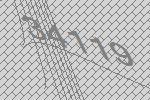
34119